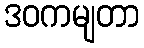
ဒဝကမျတာ